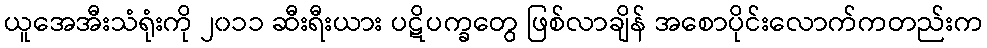
ယူအေအီးသံရုံးကို ၂၀၁၁ ဆီးရီးယား ပဋိပက္ခတွေ ဖြစ်လာချိန် အစောပိုင်းလောက်ကတည်းက